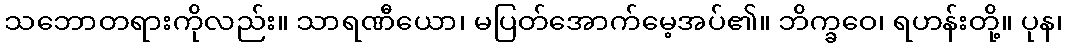
သဘောတရားကိုလည်း။ သာရဏီယော၊ မပြတ်အောက်မေ့အပ်၏။ ဘိက္ခဝေ၊ ရဟန်းတို့။ ပုန၊